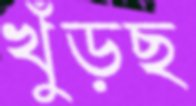
খুঁড়ছ